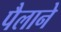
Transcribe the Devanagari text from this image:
पैलाने